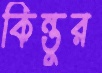
কিন্তুর